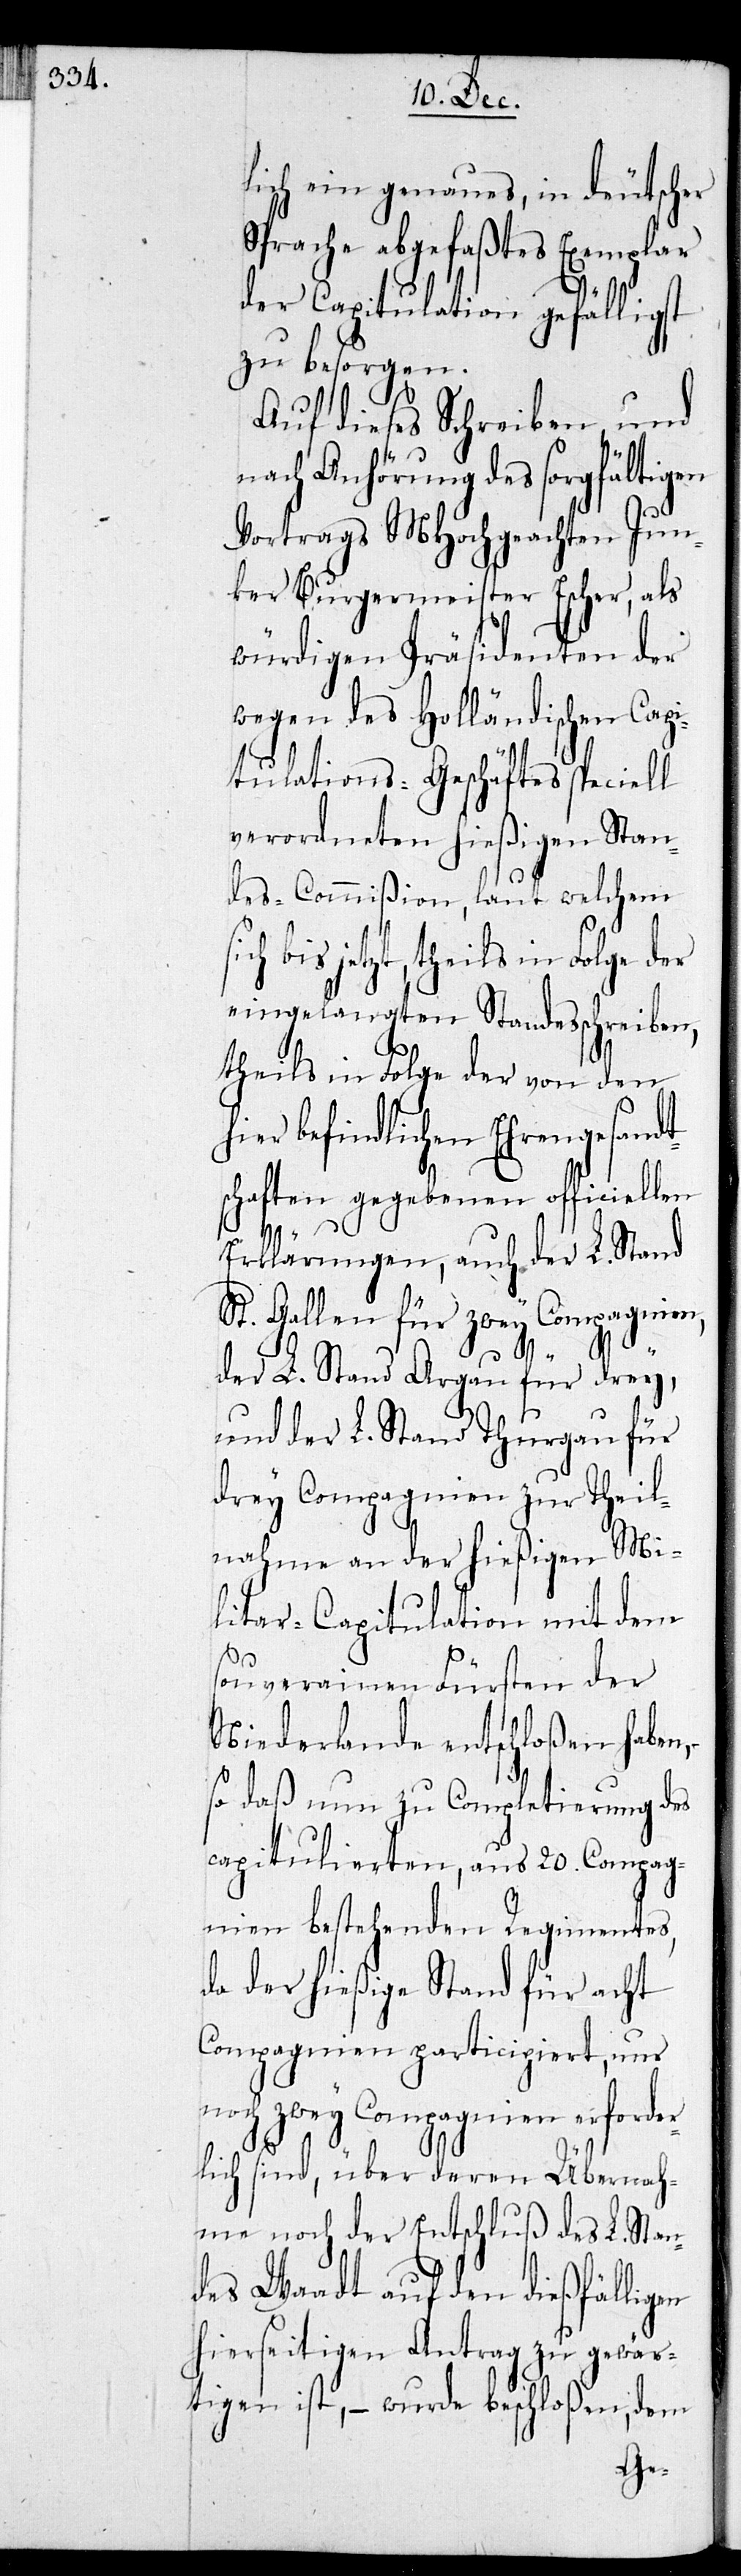
lich ein genaues, in deutscher
Sprache abgefaßtes Exemplar
der Capitulation gefälligst
zu besorgen.
Auf dieses Schreiben, und
nach Anhörung des sorgfältigen
Vortrags MHochgeachten Jun¬
ker Burgermeister Escher, als
würdigen Präsidenten der
wegen des Holländischen Capi¬
tulations-Geschäftes speciell
verordneten hießigen Stan¬
des-Commißion, laut welchem
bis jetzt, theils in Folge der
eingelangten Standesschreiben,
theils in Folge der von den
hier befindlichen Ehreng¬
schaften gegebenen
des
Erklärungen, auch
St. Gallen für zw¬
der L. Stand Aargau für
und der L. Stand
drey Compagnien
nahme an der hießi¬
litar-Capitulation mit
souverainen Fürsten
Niederlande entschloßen
so daß nun zu Complet¬
capitulierten, aus 20. Compag¬
nien bestehenden Regi¬
da der hießige Stand für acht
Compagnien participiert, nur
noch zwey Compagnien erforde¬
rlich sind, über deren Übernah¬
me noch der Entschluß des L. Stan¬
des Waadt auf den dießfälligen
hierseitigen Antrag zu gewär¬
tigen ist, – wurde beschloßen, dem
ie¬

mentes,